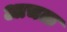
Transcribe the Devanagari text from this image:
आचळ